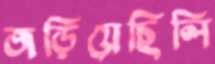
জড়িয়েছিলি